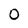
Character: o